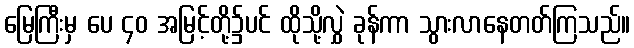
မြေကြီးမှ ပေ ၄၀ အမြင့်တို့၌ပင် ထိုသို့လွှဲ ခုန်ကာ သွားလာနေတတ်ကြသည်။